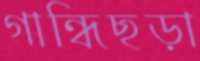
গান্ধিছড়া